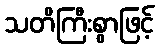
သတိကြီးစွာဖြင့်